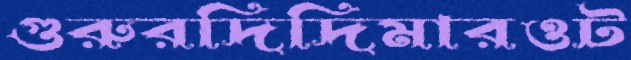
গুরুরদিদিমারওট